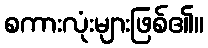
စကားလုံးများဖြစ်၏။